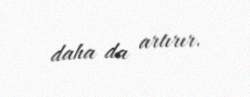
daha da artırır.